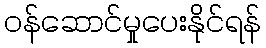
ဝန်ဆောင်မှုပေးနိုင်ရန်